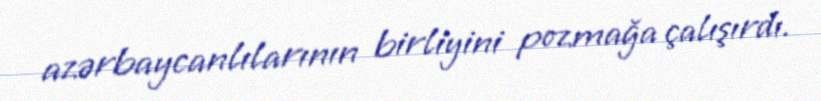
azərbaycanlılarının birliyini pozmağa çalışırdı.